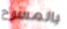
بالمسرح